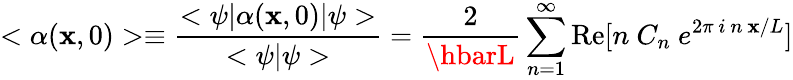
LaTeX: <\alpha(\mathbf{x},0)>\equiv{\frac{{<\psi|\alpha(\mathbf{x},0)|\psi>}}{{<\psi|\psi>}}}={\frac{{2}}{{\hbarL}}}\sum_{n=1}^{\infty}\mathrm{{Re}}[n~C_{n}~e^{2\pi~i~n~\mathbf{x}/L}]